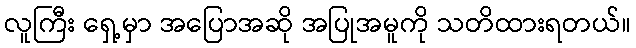
လူကြီး ရှေ့မှာ အပြောအဆို အပြုအမူကို သတိထားရတယ်။